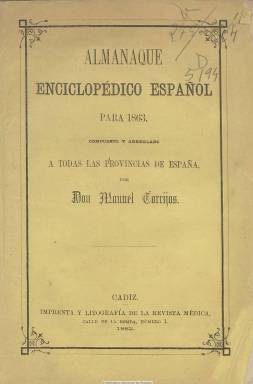
Título: Almanaque enciclopédico español
Colección: Almanaques
Ámbito geográfico: Cádiz
Lugar de publicación: Cádiz
Fechas: 01/01/1863-31/12/1866

El primero que se publica es para el año 1863, estampado en Cádiz en la Imprenta y Litografía de la Revista Médica y los tres años siguientes que integran su colección, en Madrid, siendo editado y compuesto por el escritor, periodista y ortólogo Manuel Torrijos (1835-1865). Contiene una gran cantidad de datos e informaciones de todo tipo, la mayor parte de carácter enciclopédico, tal como así queda expresado en su título, y otros de carácter utilitario. Inserta también grabados de dibujos, escenas, vistas españolas y extranjeras y retratos. La paginación de sus volúmenes es variada, desde las 148 páginas del primero hasta alcanzar casi las cuatrocientas los restantes. Se estructura en almanaques internos, como el del cristiano, el histórico-literario, el militar, el del comerciante, el del negociante, el de las damas, el del recreo, el higiénico, el del labrador y ganadero, el parlamentario, el de los alcaldes, el del empleado, el de profesiones, el de las tertulias o el del viajero, entre otros. También ofrece un calendario, con el santoral, notas meteorológicas y climáticas, así como datos biográficos, estadísticas, recetas y remedios útiles, tarifas de viajeros, distancias entre ciudades, pesos y medidas, tarifas, censos de población, cronologías históricas, organización eclesiástica u horas de las mareas. Publica también algunas composiciones poéticas, textos de creación literaria y epigramas. Al final de cada entrega va un índice. Tras el fallecimiento de Torrijos, este almanaque anual tiene su continuación, a partir de 1867, en el Almanaque enciclopédico español ilustrado, que dirigirá el escritor y periodista Julio Nombela (1836-1919).